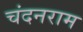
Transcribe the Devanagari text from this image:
चंदनराम